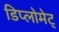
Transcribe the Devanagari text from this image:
डिप्लोमेट्